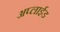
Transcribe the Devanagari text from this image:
अप्‍लाईड